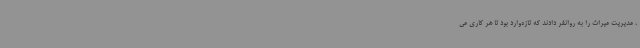
، مدیریت میراث را به روانفر دادند که تازه‌وارد بود تا هر کاری می‌